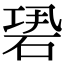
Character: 𥒽